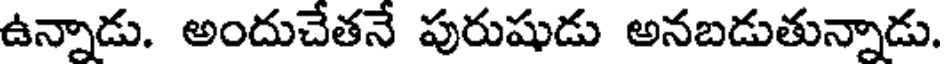
ఉన్నాడు. అందుచేతనే పురుషుడు అనబడుతున్నాడు.